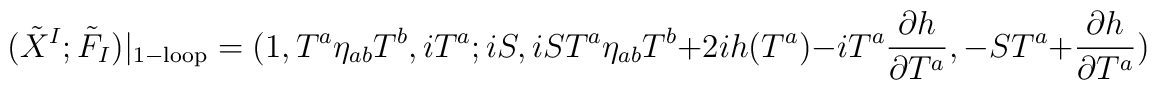
(\tilde X^I;\tilde F_I)|_{\rm 1-loop}=(1,T^a\eta_{ab}T^b,iT^a;iS,iST^a\eta_{ab}T^b+2ih(T^a)-iT^a{\partial h\over\partial T^a},-ST^a+{\partial h\over\partial T^a})